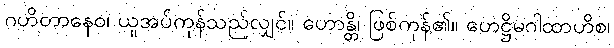
ဂဟိတာနေဝ၊ ယူအပ်ကုန်သည်လျှင်။ ဟောန္တိ၊ ဖြစ်ကုန်၏။ ဟေဋ္ဌိမဂါထာဟိစ၊